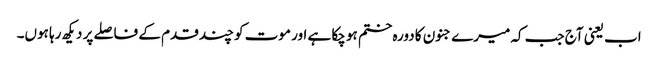
اب یعنی آج جب کہ میرے جنون کا دورہ ختم ہو چکا ہے اور موت کو چند قدم کے فاصلے پر دیکھ رہا ہوں۔